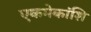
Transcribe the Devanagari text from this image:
एकमेकांशि